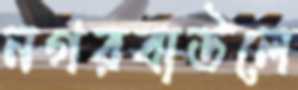
নগরবাউলে